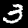
Digit: 3